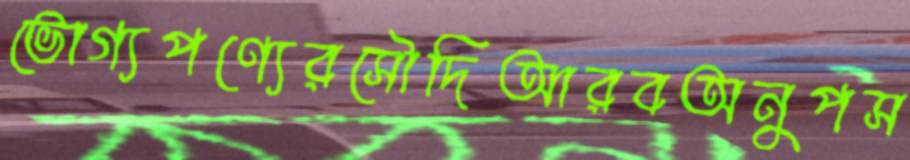
ভোগ্যপণ্যেরসৌদিআরবঅনুপস